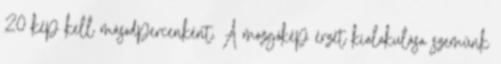
20 kép kell másodpercenként. A mozgókép érzet kialakulása szemünk